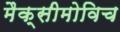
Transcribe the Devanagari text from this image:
मैक्सीमोविच